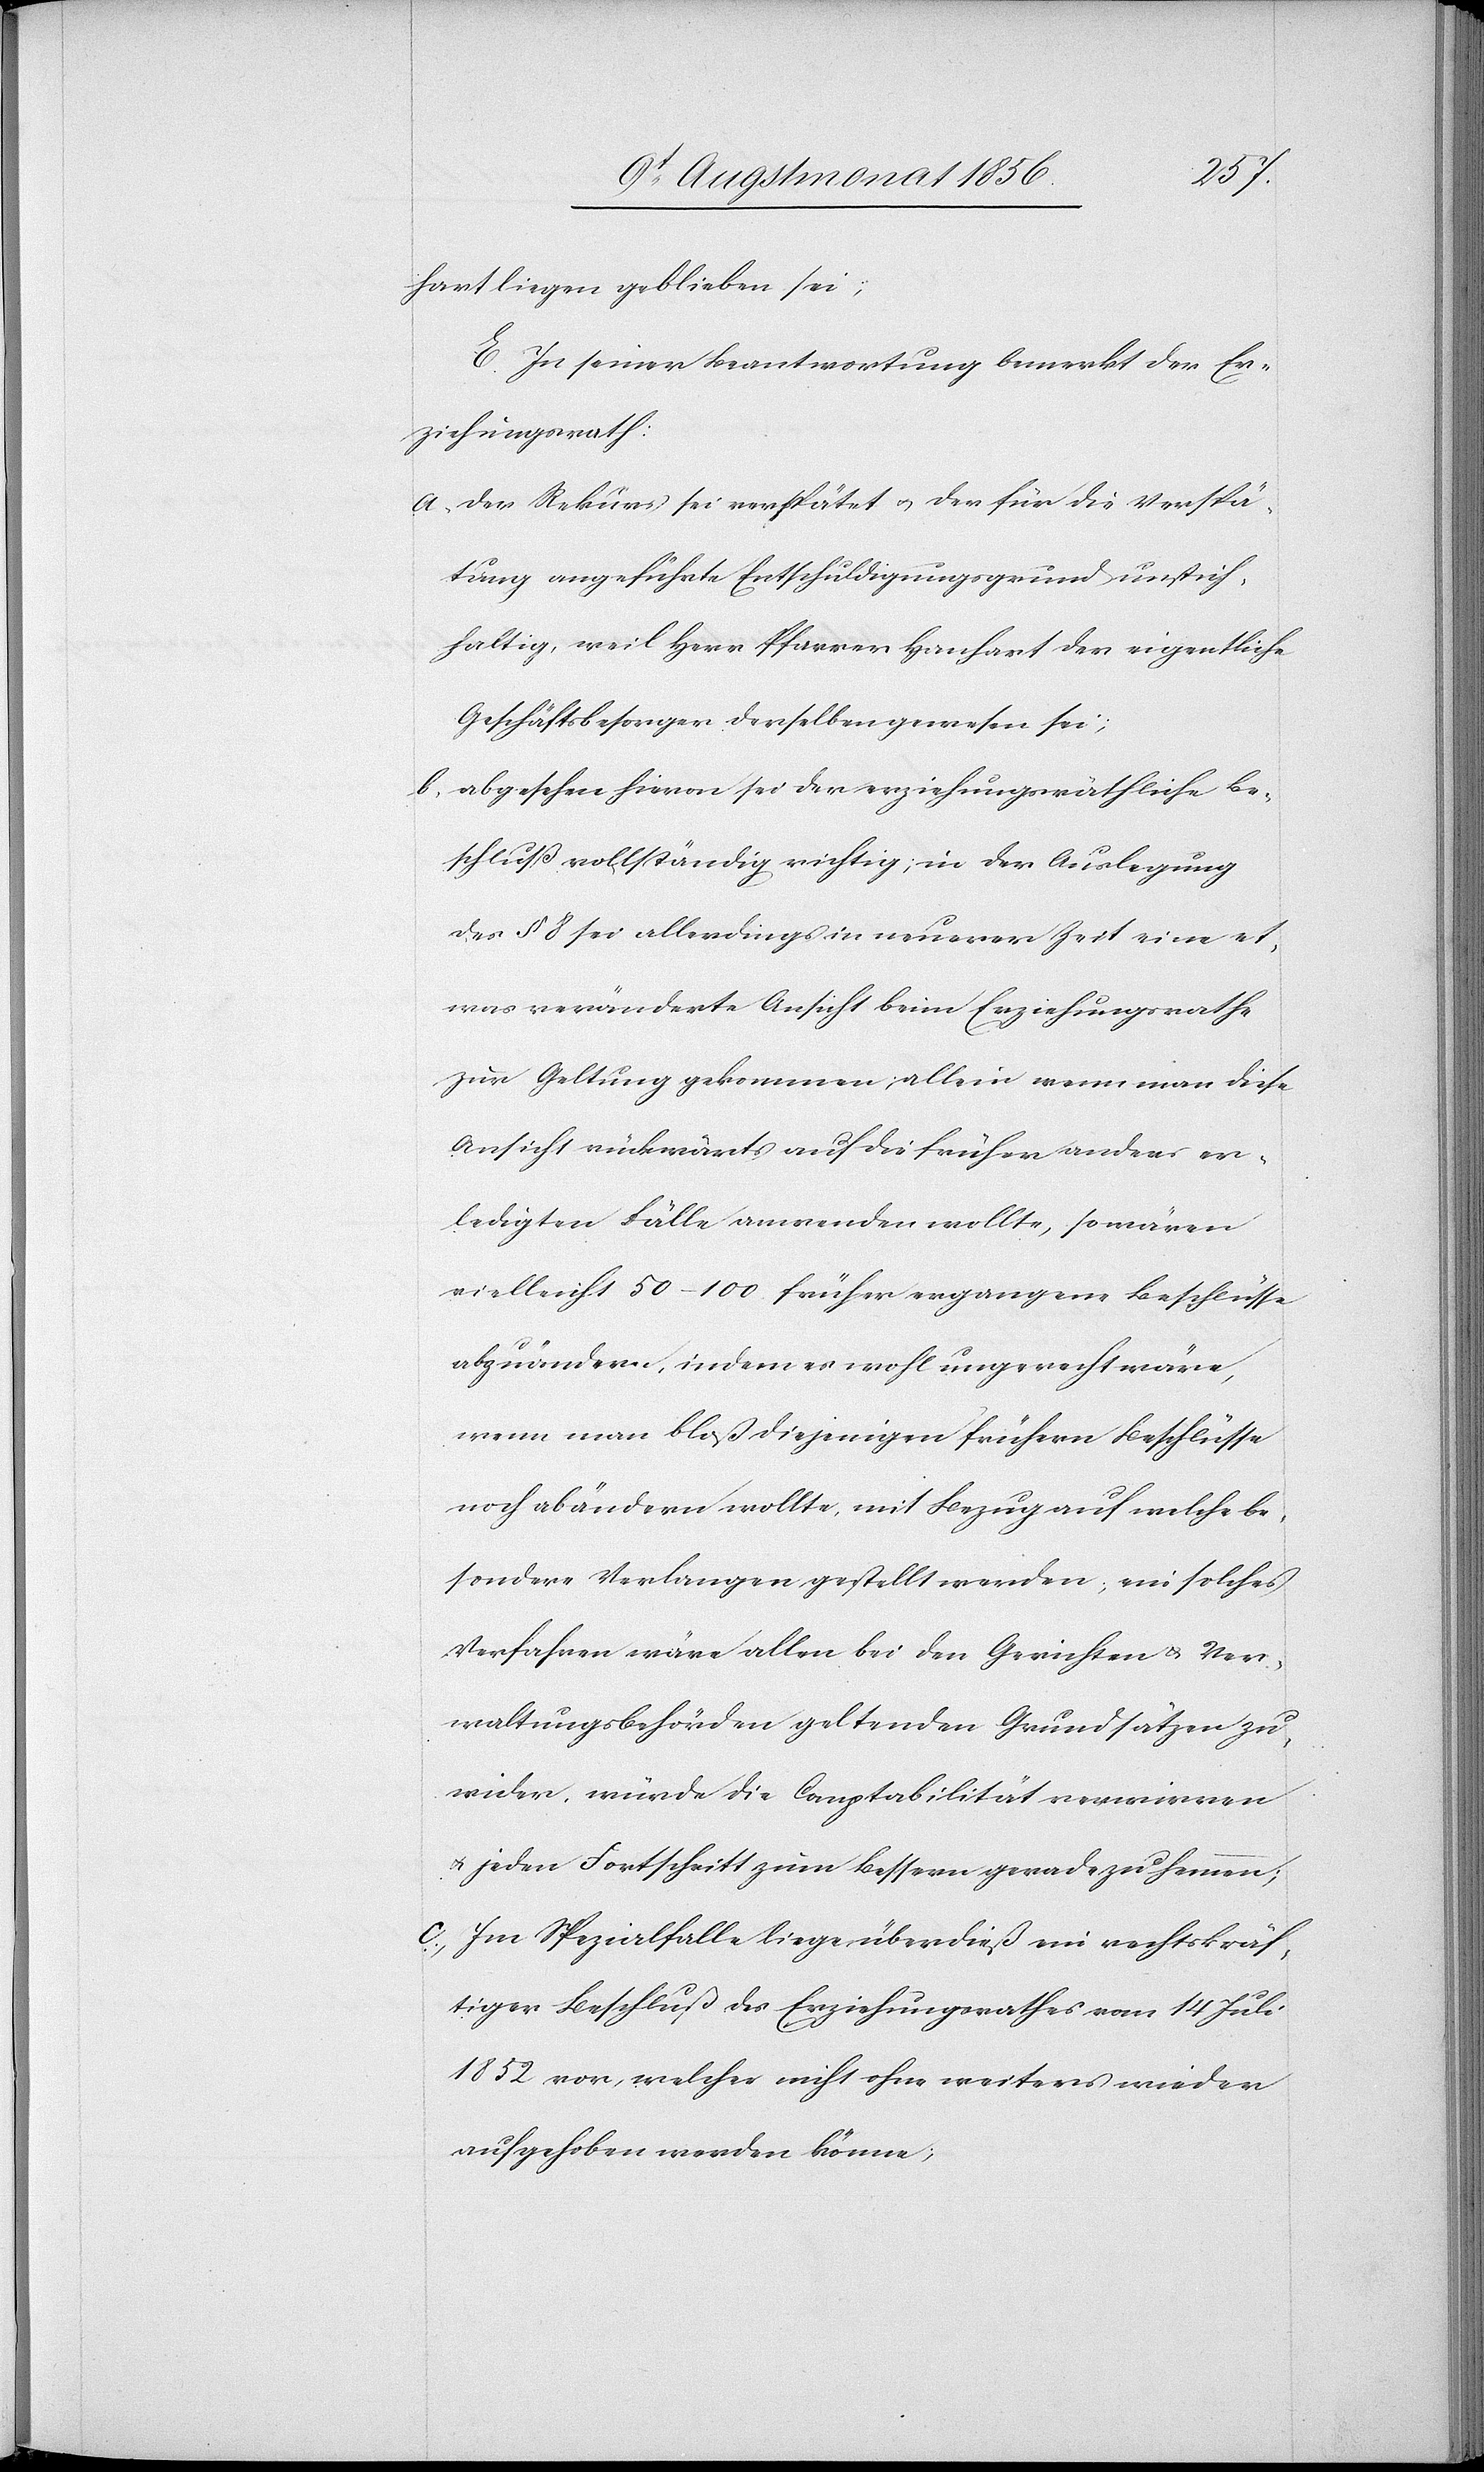
hart liegen geblieben sei;
E.) In seiner Beantwortung bemerkt der Er¬
ziehungsrath:
a.) Der Rekurs sei verspätet u. der für die Verspä¬
tung angeführte Entschuldigungsgrund unstich¬
haltig, weil Herr Pfarrer Hanhart der eigentliche
Geschäftsbesorger derselben gewesen sei;
b.) abgesehen hievon sei der erziehungsräthliche Be¬
schluß vollständig richtig; in der Auslegung
des § 8 sei allerdings in neuerer Zeit eine et¬
was veränderte Ansicht beim Erziehungsrathe
zur Geltung gekommen; allein wenn man diese
Ansicht rückwärts auf die früher anders er¬
ledigten Fälle anwenden wollte, so wären
vielleicht 50–100 früher ergangene Beschlüsse
abzuändern, indem es wohl ungerecht wäre,
wenn man bloß diejenigen frühern Beschlüsse
noch abändern wollte, mit Bezug auf welche be¬
sondere Verlangen gestellt werden; ein solches
Verfahren wäre allen bei den Gerichten & Ver¬
waltungsbehörden geltenden Grundsätzen zu¬
wider, würde die Comptabilität verwirren
u. jeden Fortschritt zum bessern gerade zu hemmen;
c.) Im Spezialfalle liege überdieß ein rechtskräf¬
tiger Beschluß des Erziehungsrathes vom 14 Juli
1852 vor, welcher nicht ohne weiters wieder
aufgehoben werden könne;